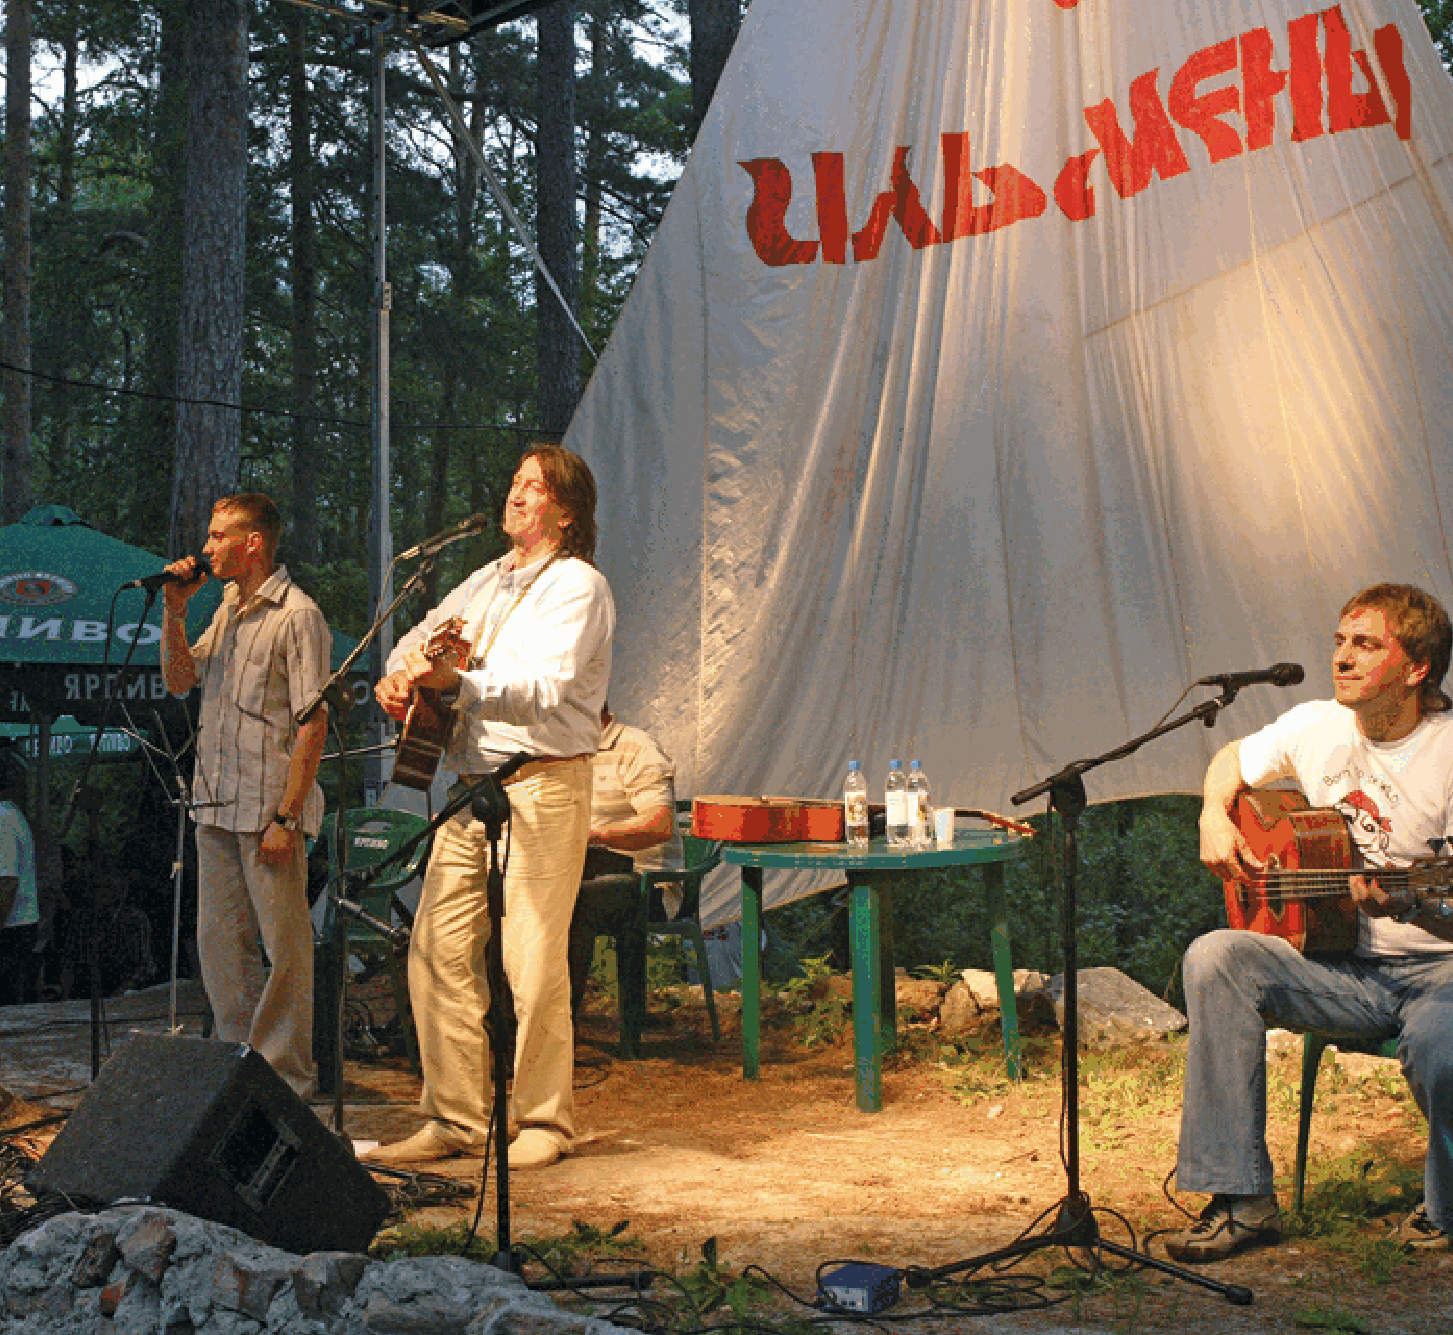
470                                                                                     471